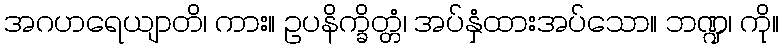
အဂဟရေယျာတိ၊ ကား။ ဥပနိက္ခိတ္တံ၊ အပ်နှံထားအပ်သော။ ဘဏ္ဍ၊ ကို။